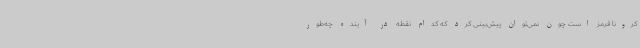
کرونا قرمز است چون نمی‌توان پیش‌بینی کرد که کدام نقطه در آینده چه‌طور